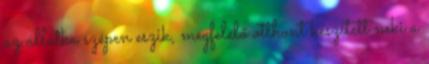
az állatka szépen eszik, megfelelő otthont készített neki a